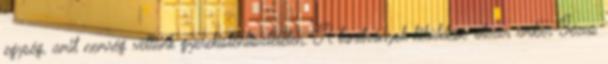
egység, amit nemrég vettünk gyerekistentiszteleten. A tanítványok kiküldése-ötezer ember-Jézus